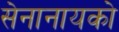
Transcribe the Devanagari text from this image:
सेनानायको